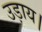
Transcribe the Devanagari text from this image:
उड़ाय।